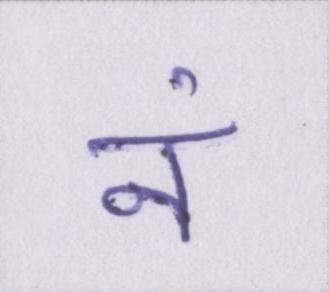
नं